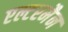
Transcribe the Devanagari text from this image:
एल्टरमैन